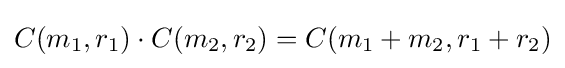
C(m_{1},r_{1})\cdot C(m_{2},r_{2})=C(m_{1}+m_{2},r_{1}+r_{2})